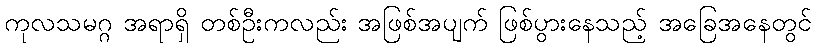
ကုလသမဂ္ဂ အရာရှိ တစ်ဦးကလည်း အဖြစ်အပျက် ဖြစ်ပွားနေသည့် အခြေအနေတွင်